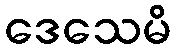
ဒေသေမိ